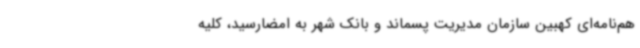
هم‌نامه‌ای کهبین سازمان مدیریت پسماند و بانک شهر به امضارسید، کلیه